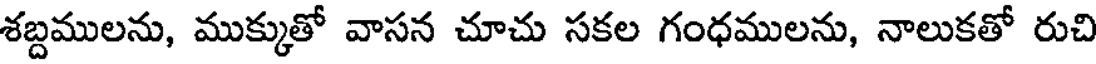
శబ్దములను, ముక్కుతో వాసన చూచు సకల గంధములను, నాలుకతో రుచి